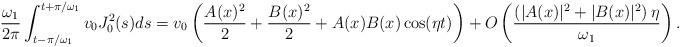
LaTeX: \begin{align*}\frac{\omega_1}{2\pi}\int_{t-\pi/\omega_1}^{t+\pi/\omega_1}v_0J_0^2(s) ds= v_0\left(\frac{A(x)^2}{2} + \frac{B(x)^2}{2} + A(x)B(x) \cos(\eta t)\right) + O\left(\frac{ \left(|A(x)|^2 +|B(x)|^2\right) \eta }{\omega_1}\right).\end{align*}